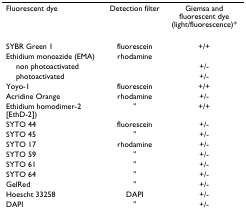
<table><thead><tr><td><b>Fluorescent dye</b></td><td><b>Detection filter</b></td><td><b>Giemsa and fluorescent dye (light/fluorescence)*</b></td></tr></thead><tbody><tr><td>SYBR Green 1</td><td>fluorescein</td><td>+/+</td></tr><tr><td>Ethidium monoazide (EMA)</td><td>rhodamine</td><td></td></tr><tr><td> non photoactivated</td><td></td><td>+/-</td></tr><tr><td> photoactivated</td><td></td><td>+/-</td></tr><tr><td>Yoyo-1</td><td>fluorescein</td><td>+/+</td></tr><tr><td>Acridine Orange</td><td>rhodamine</td><td>+/-</td></tr><tr><td>Ethidium homodimer-2 [EthD-2])</td><td>&quot;</td><td>+/+</td></tr><tr><td>SYTO 44</td><td>fluorescein</td><td>+/-</td></tr><tr><td>SYTO 45</td><td>&quot;</td><td>+/-</td></tr><tr><td>SYTO 17</td><td>rhodamine</td><td>+/-</td></tr><tr><td>SYTO 59</td><td>&quot;</td><td>+/-</td></tr><tr><td>SYTO 61</td><td>&quot;</td><td>+/-</td></tr><tr><td>SYTO 64</td><td>&quot;</td><td>+/-</td></tr><tr><td>GelRed</td><td>&quot;</td><td>+/-</td></tr><tr><td>Hoescht 33258</td><td>DAPI</td><td>+/-</td></tr><tr><td>DAPI</td><td>&quot;</td><td>+/-</td></tr></tbody></table>